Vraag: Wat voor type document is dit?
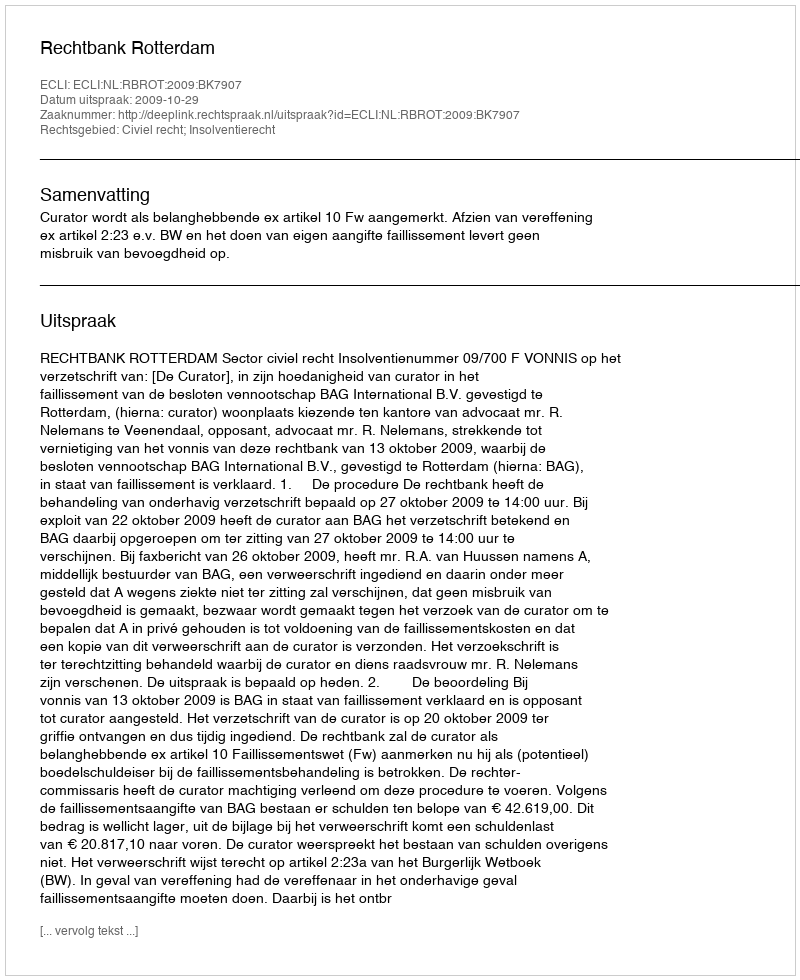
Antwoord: Uitspraak